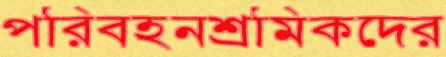
পরিবহনশ্রমিকদের